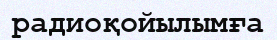
радиоқойылымға